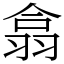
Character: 翕